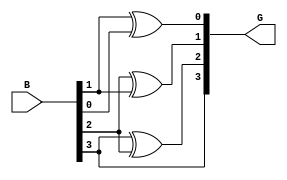
module binarytogray (B,G);
    input [3:0]B;
    output reg [3:0]G;

    always @(B) 
    begin
    G[0]=B[1] ^ B[0];
    G[1]=B[2] ^ B[1];
    G[2]=B[3] ^ B[2];
    G[3]=B[3];
    end
endmodule